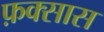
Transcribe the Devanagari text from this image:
फ़क्सास